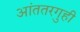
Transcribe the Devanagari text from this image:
आंततरगुही